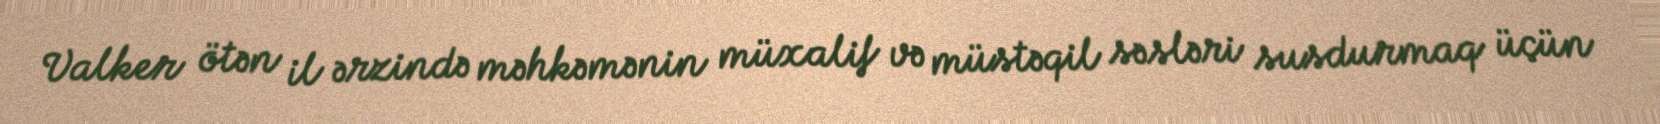
Valker ötən il ərzində məhkəmənin müxalif və müstəqil səsləri susdurmaq üçün